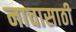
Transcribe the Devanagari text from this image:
नाचासाठी